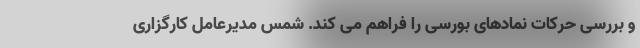
و بررسی حرکات نمادهای بورسی را فراهم می کند. شمس مدیرعامل کارگزاری